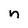
Character: n